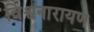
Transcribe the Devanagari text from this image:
विश्वनारायण